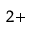
^ { 2 + }